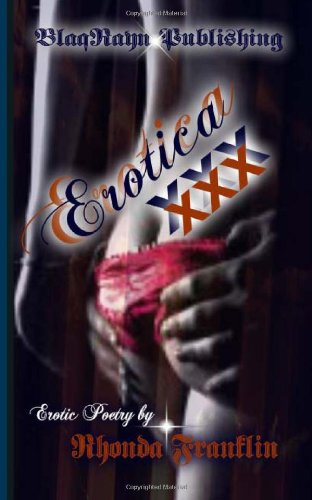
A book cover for Erotica XXX; Rhonda Franklin; Romance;